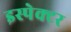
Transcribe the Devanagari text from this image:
इस्पेक्टर